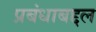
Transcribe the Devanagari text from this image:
प्रबंधाबद्दल